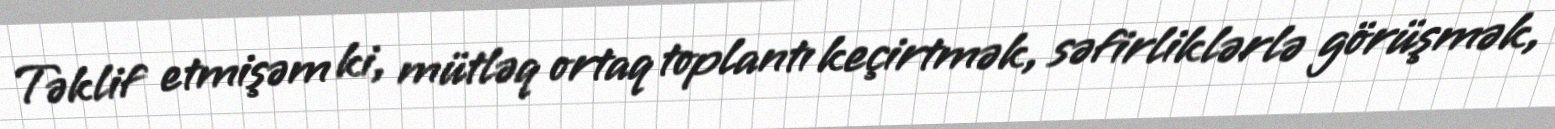
Təklif etmişəm ki, mütləq ortaq toplantı keçirtmək, səfirliklərlə görüşmək,